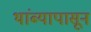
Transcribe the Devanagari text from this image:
थांब्यापासून